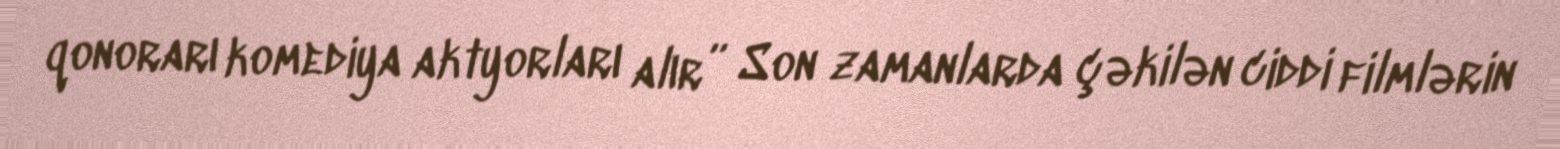
qonorarı komediya aktyorları alır” Son zamanlarda çəkilən ciddi filmlərin